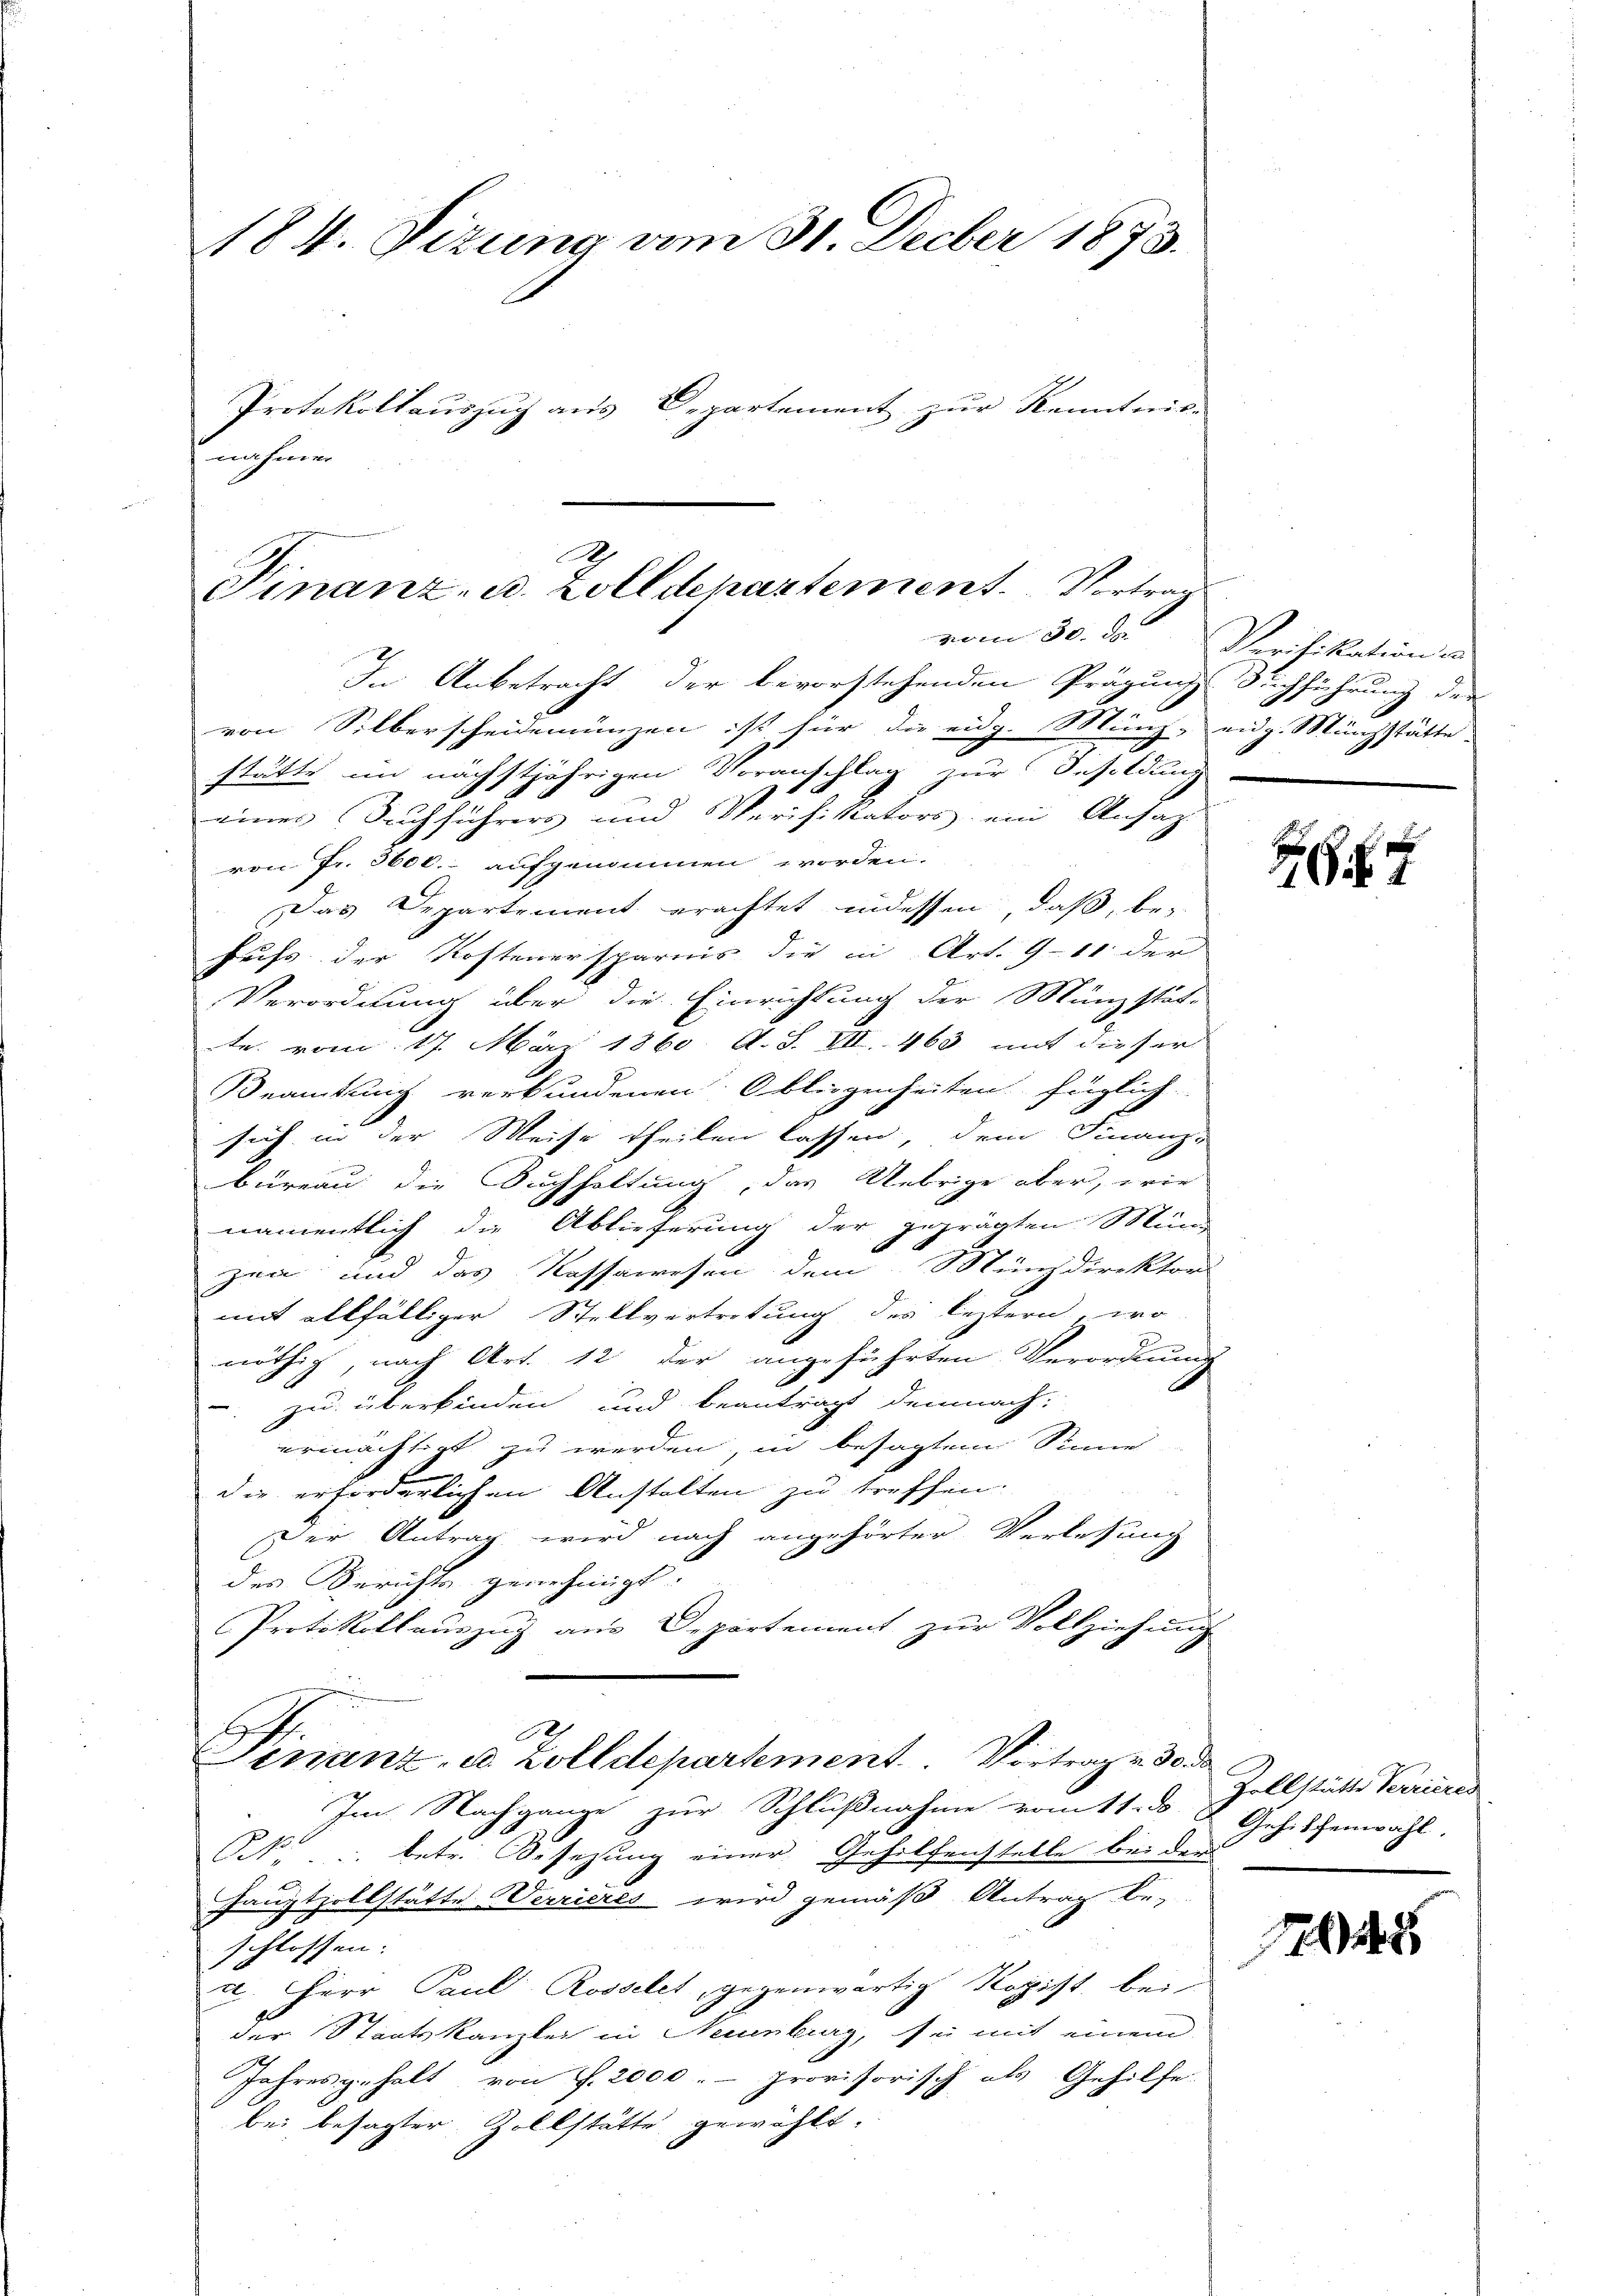
184. Sizung am 31. Decber 1873.
Protokollauszug aus Departement zur Kenntnis-
nahmen

.
Finanz- u. Zolldepartement. Vortrag
In Anbetracht der bevorstehenden Prägungs Suchführung der

von Silberscheidenungen ist für die eidg. Münz, eidg. Münzstätte.
stätte im nächstjährigen Voranschlag zur Besoldung
g
eines Suchführers und Verifikators ein Ansaz
von Fr. 3600. aufgenommen worden.
Das Departement erachtet indessen, daß, be-
heiss der Kostenersparnis die in Art. 911 der
Verordnung über die Einrichtung der Münzstät-
tr. vom 17. März 1860. A. S. III 463 mit dieser
Beamtung verkundenen Obliegenheiten füglich
sich in der Weise theilen lassen, dem Finanz-
büreau die Buchhaltung, das Uebrige aber, wie
namentlich die Ablieferung der geprägten Mund
zea und das Kassawesen dem Münzdirektor
mit allfälliger Stellvertretung des leztern, wo
Da
nöthig, nach Art. 12 der angeführten Verordnung
zu überkinden und beantragt demnach:
ermächtigt zu werden, in besagtem Sinne
die erforderlichen Anstalten zu treffen.
Der Antrag wird nach angehörter Verlesung
des Berichts genehmigt.
Protokollauszug aus Departement zur Vollziehung
5
Sinanz, u. Zolldepartement. Vortrag v. 30 de
Im Nachgange zur Schlußnahme vom 11. ds u Gehrshenwahl,
p betr. Besetzung einer Gehilfenstelle bei der
.
Hauptzollstätte Werrieres wird gemäß Antrag be-
schlossen.
c. Herr Paul Rosselet, gegenwärtig Kopist, bei
der Staatskanzlei in Neuenburg, sei mit einem
Jahres gehalt, von P. 2000.- provisorisch als Gehilfe
bei besagter Zollstätte gewählt.

vom 30. ds Verifikation i

7

Zollstätte Verrieres

145